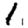
Digit: 1